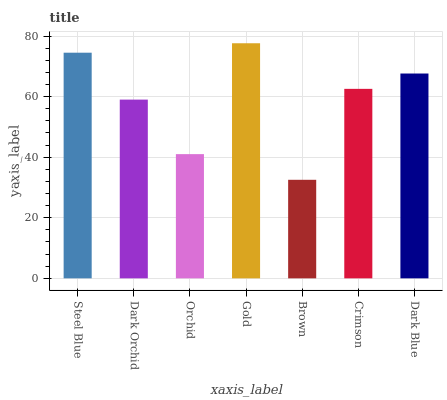
| xaxis_label | bars |
 | --- | --- |
 | Steel Blue | 74.5 |
 | Dark Orchid | 59 |
 | Orchid | 41 |
 | Gold | 77.6 |
 | Brown | 32.5 |
 | Crimson | 62.6 |
 | Dark Blue | 67.6 |